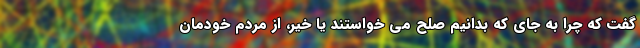
گفت که چرا به جای که بدانیم صلح می خواستند یا خیر، از مردم خودمان